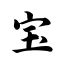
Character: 宝